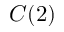
C ( 2 )